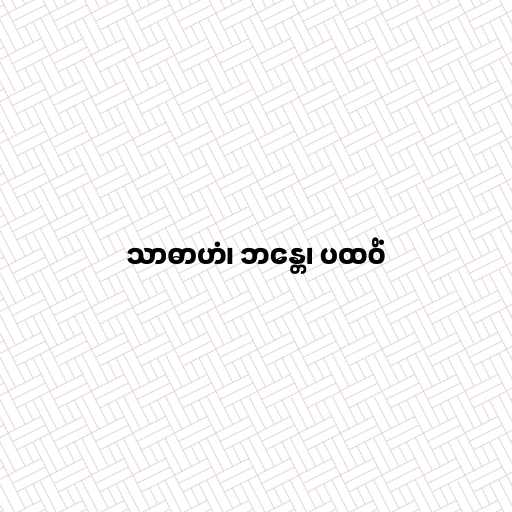
သာဓာဟံ၊ ဘန္တေ၊ ပထဝိံ